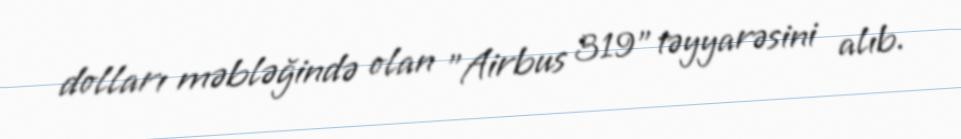
dolları məbləğində olan "Airbus 319" təyyarəsini alıb.